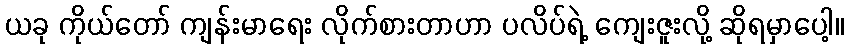
ယခု ကိုယ်တော် ကျန်းမာရေး လိုက်စားတာဟာ ပလိပ်ရဲ့ ကျေးဇူးလို့ ဆိုရမှာပေါ့။